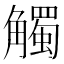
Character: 觸